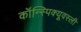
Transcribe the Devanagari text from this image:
कॉन्स्पिक्यूवस्ली